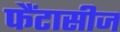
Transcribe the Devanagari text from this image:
फैंटासीज